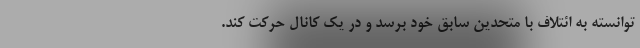
توانسته به ائتلاف با متحدین سابق خود برسد و در یک کانال حرکت کند.